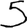
Digit: 5